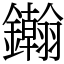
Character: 𨯪